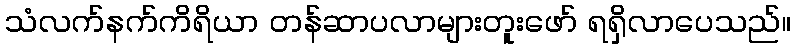
သံလက်နက်ကိရိယာ တန်ဆာပလာများတူးဖော် ရရှိလာပေသည်။